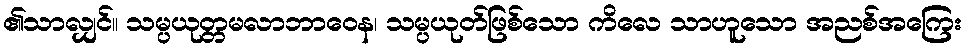
၏သာလျှင်။ သမ္ပယုတ္တမလာဘာဝေန၊ သမ္ပယုတ်ဖြစ်သော ကိလေ သာဟူသော အညစ်အကြေး